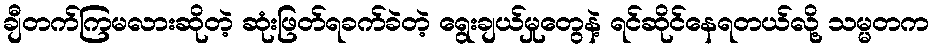
ချီတက်ကြမလားဆိုတဲ့ ဆုံးဖြတ်ရခက်ခဲတဲ့ ရွေးချယ်မှုတွေနဲ့ ရင်ဆိုင်နေရတယ်လို့ သမ္မတက